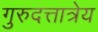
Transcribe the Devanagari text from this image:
गुरुदत्तात्रेय